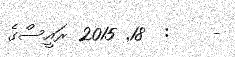
-    :  18